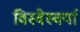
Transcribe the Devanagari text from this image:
विस्वेस्वर्या